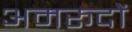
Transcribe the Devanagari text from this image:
अमरूदों